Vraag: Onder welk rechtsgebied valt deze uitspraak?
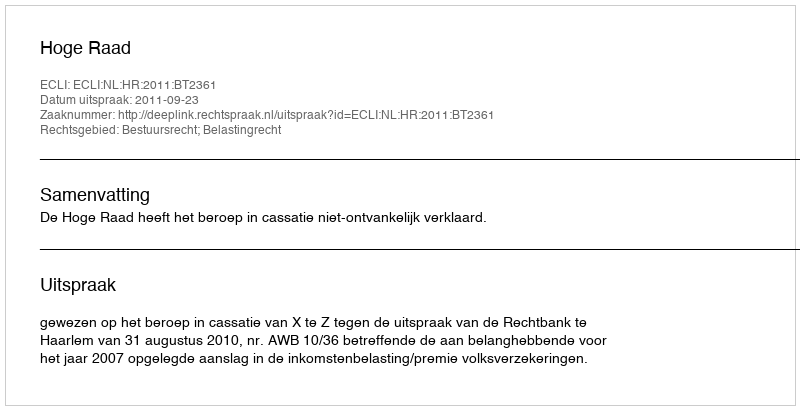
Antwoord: Bestuursrecht; Belastingrecht